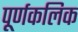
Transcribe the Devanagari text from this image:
पूर्णकलिक